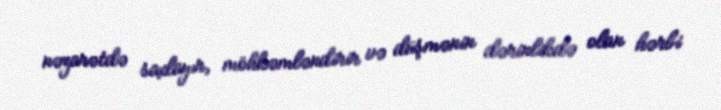
nəzarətdə saxlayır, möhkəmləndirir və düşmənin dərinlikdə olan hərbi